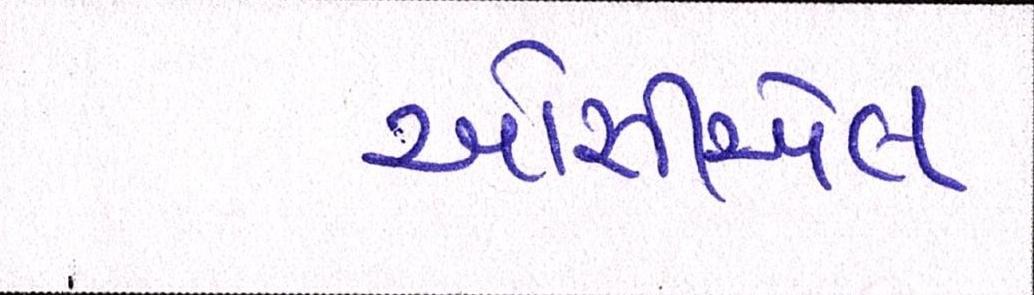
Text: ઓસીએલ